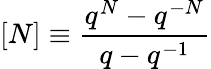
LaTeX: [N]\equiv\frac{q^{N}-q^{-N}}{q-q^{-1}}